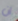
ان